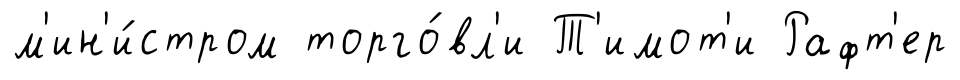
м'ин'и́стром торго́вл'и Т'имот'и Рафт'ер